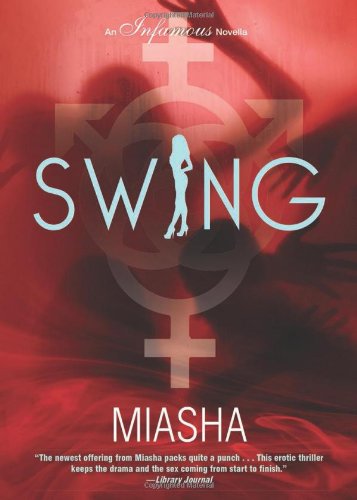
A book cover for Swing; Miasha; Mystery, Thriller & Suspense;